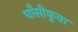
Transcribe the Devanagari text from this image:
घाँसीकुवा